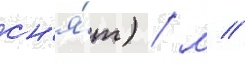
сн'я́т) / м //